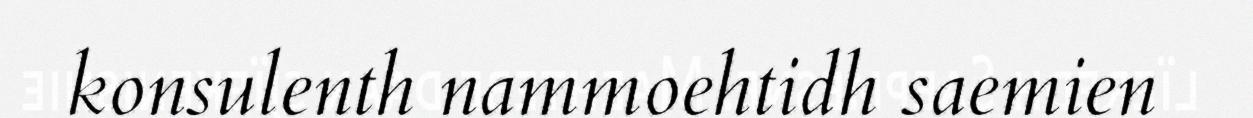
konsulenth nammoehtidh saemien